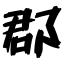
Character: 郡